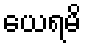
ယေရမိ